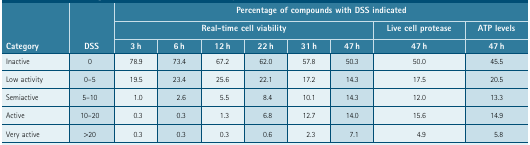
|  |  | <COLSPAN=8> Percentage of compounds with DSS indicated |
 |  |  | <COLSPAN=6> Real-time cell viability | Live cell protease | ATP levels |
 | Category | DSS | 3 h | 6 h | 12 h | 22 h | 31 h | 47 h | 47 h | 47 h |
 | --- | --- | --- | --- | --- | --- | --- | --- | --- | --- |
 | Inactive | 0 | 78.9 | 73.4 | 67.2 | 62.0 | 57.8 | 50.3 | 50.0 | 45.5 |
 | Low activity | 0–5 | 19.5 | 23.4 | 25.6 | 22.1 | 17.2 | 14.3 | 17.5 | 20.5 |
 | Semiactive | 5–10 | 1.0 | 2.6 | 5.5 | 8.4 | 10.1 | 14.3 | 12.0 | 13.3 |
 | Active | 10–20 | 0.3 | 0.3 | 1.3 | 6.8 | 12.7 | 14.0 | 15.6 | 14.9 |
 | Very active | >20 | 0.3 | 0.3 | 0.3 | 0.6 | 2.3 | 7.1 | 4.9 | 5.8 |